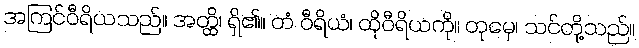
အကြင်ဝီရိယသည်။ အတ္ထိ၊ ရှိ၏။ တံ ဝီရိယံ၊ ထိုဝီရိယကို။ တုမှေ၊ သင်တို့သည်။